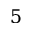
5